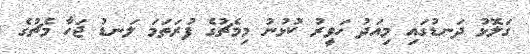
ގަލޮޅު ދަނޑުގައި މިއަދު ހަވީރު ކުޅުނު މިމެޗުގެ ފުރަތަމަ ލަނޑު ޖަހާ މެޗުގެ